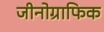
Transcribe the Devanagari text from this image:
जीनोग्राफिक